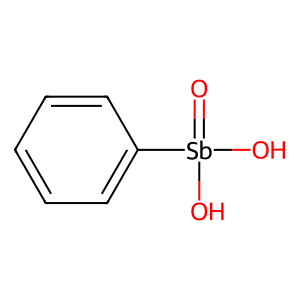
SMILES: O=[Sb](O)(O)c1ccccc1
Inhibits HIV replication: No